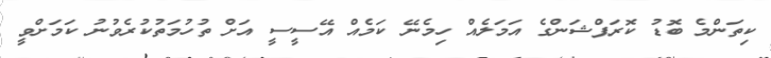
ކިތަންމެ ބޮޑު ކޮރަޕްޝަންގެ އަމަލެއް ހިމެނޭ ކަމެއް އޭސީސީ އަށް ތުހުމަތުކުރެވުނު ކަމަށްވީ